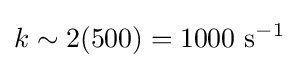
k\sim 2(500)=1000~{\text{s}}^{-1}